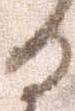
る